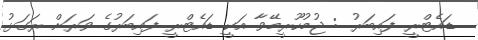
ޑައެޓްރީ ފައިބަރު : ޖުމުހޫރީމޭވާ އަކީ ޑައެޓްރީ ފައިބަރުގެ ވަރަށް ރަގަޅު